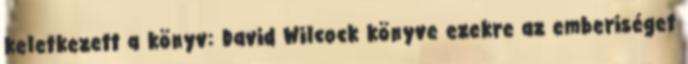
keletkezett a könyv: David Wilcock könyve ezekre az emberiséget